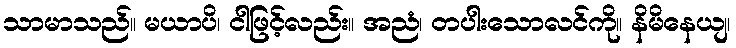
သာမာသည်။ မယာပိ၊ ငါဖြင့်လည်း။ အညံ၊ တပါးသောလင်ကို။ နိမိနေယျ၊